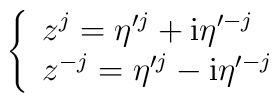
\left\{ \begin{array}{l}      z^j = \eta'^j + {\rm i} \eta'^{-j} \\      z^{-j} = \eta'^j - {\rm i} \eta'^{-j}            \end{array} \right.